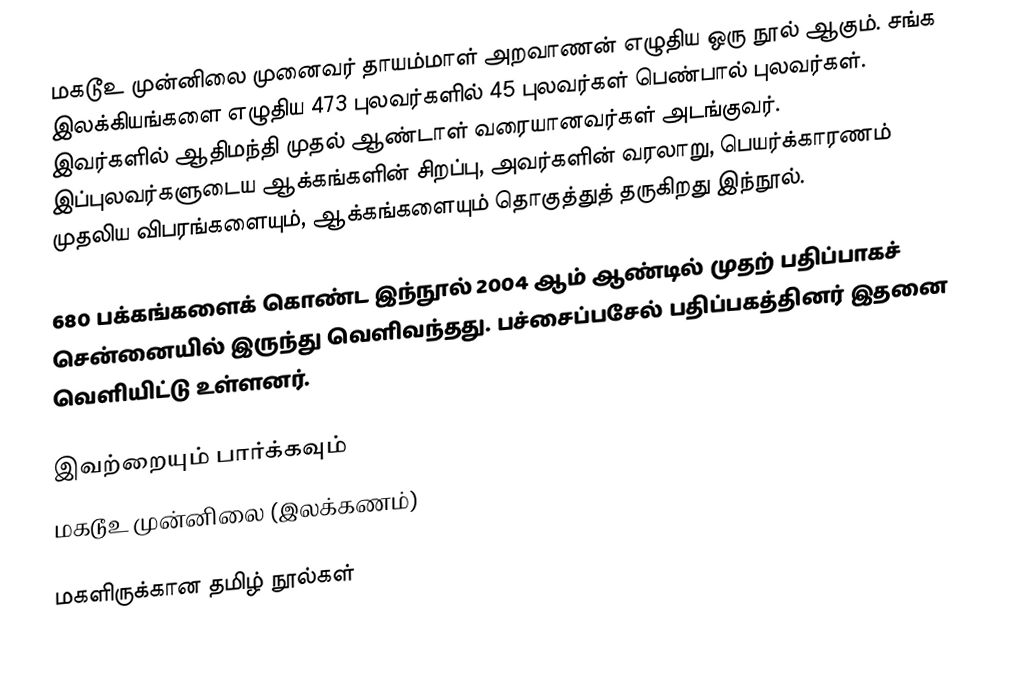
மகடூஉ முன்னிலை முனைவர் தாயம்மாள் அறவாணன் எழுதிய ஒரு நூல் ஆகும். சங்க இலக்கியங்களை எழுதிய 473 புலவர்களில் 45 புலவர்கள் பெண்பால் புலவர்கள். இவர்களில் ஆதிமந்தி முதல் ஆண்டாள் வரையானவர்கள் அடங்குவர். இப்புலவர்களுடைய ஆக்கங்களின் சிறப்பு, அவர்களின் வரலாறு, பெயர்க்காரணம் முதலிய விபரங்களையும், ஆக்கங்களையும் தொகுத்துத் தருகிறது இந்நூல்.

680 பக்கங்களைக் கொண்ட இந்நூல் 2004 ஆம் ஆண்டில் முதற் பதிப்பாகச் சென்னையில் இருந்து வெளிவந்தது. பச்சைப்பசேல் பதிப்பகத்தினர் இதனை வெளியிட்டு உள்ளனர்.

இவற்றையும் பார்க்கவும்
 மகடூஉ முன்னிலை (இலக்கணம்)

மகளிருக்கான தமிழ் நூல்கள்